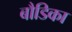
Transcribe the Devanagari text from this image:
बौडिका